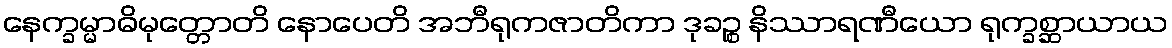
နေက္ခမ္မာဓိမုတ္တောတိ နောပေတိ အဘီရုကဇာတိကာ ဒုခဉ္စ နိဿာရဏီယော ရုက္ခစ္ဆာယာယ